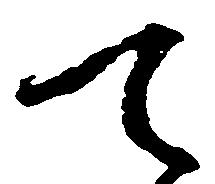
て